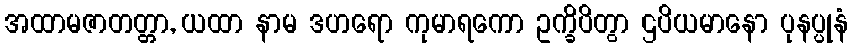
အထာမဇာတတ္တာ, ယထာ နာမ ဒဟရော ကုမာရကော ဥက္ခိပိတွာ ဌပိယမာနော ပုနပ္ပုနံ